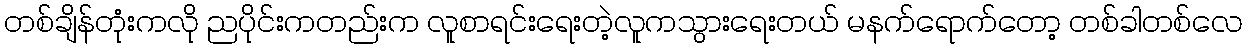
တစ်ချိန်တုံးကလို ညပိုင်းကတည်းက လူစာရင်းရေးတဲ့လူကသွားရေးတယ် မနက်ရောက်တော့ တစ်ခါတစ်လေ